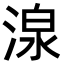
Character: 湶